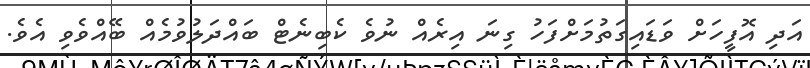
އަދި އޮފީހަށް ވަޑައިގަތުމަށްފަހު ގިނަ އިރެއް ނުވެ ކެބިނެޓް ބައްދަލުވުމެއް ބޭއްވެވި އެވެ.